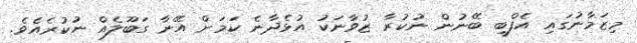
މިޒަމާނުގައި އެފްބީ ބޭނުން ނުކުރާ ޒުވާނަކު އުޅެދާނެ ކަމަށް އޭނާ ގަބޫލެއް ނުކުރެއެވެ.